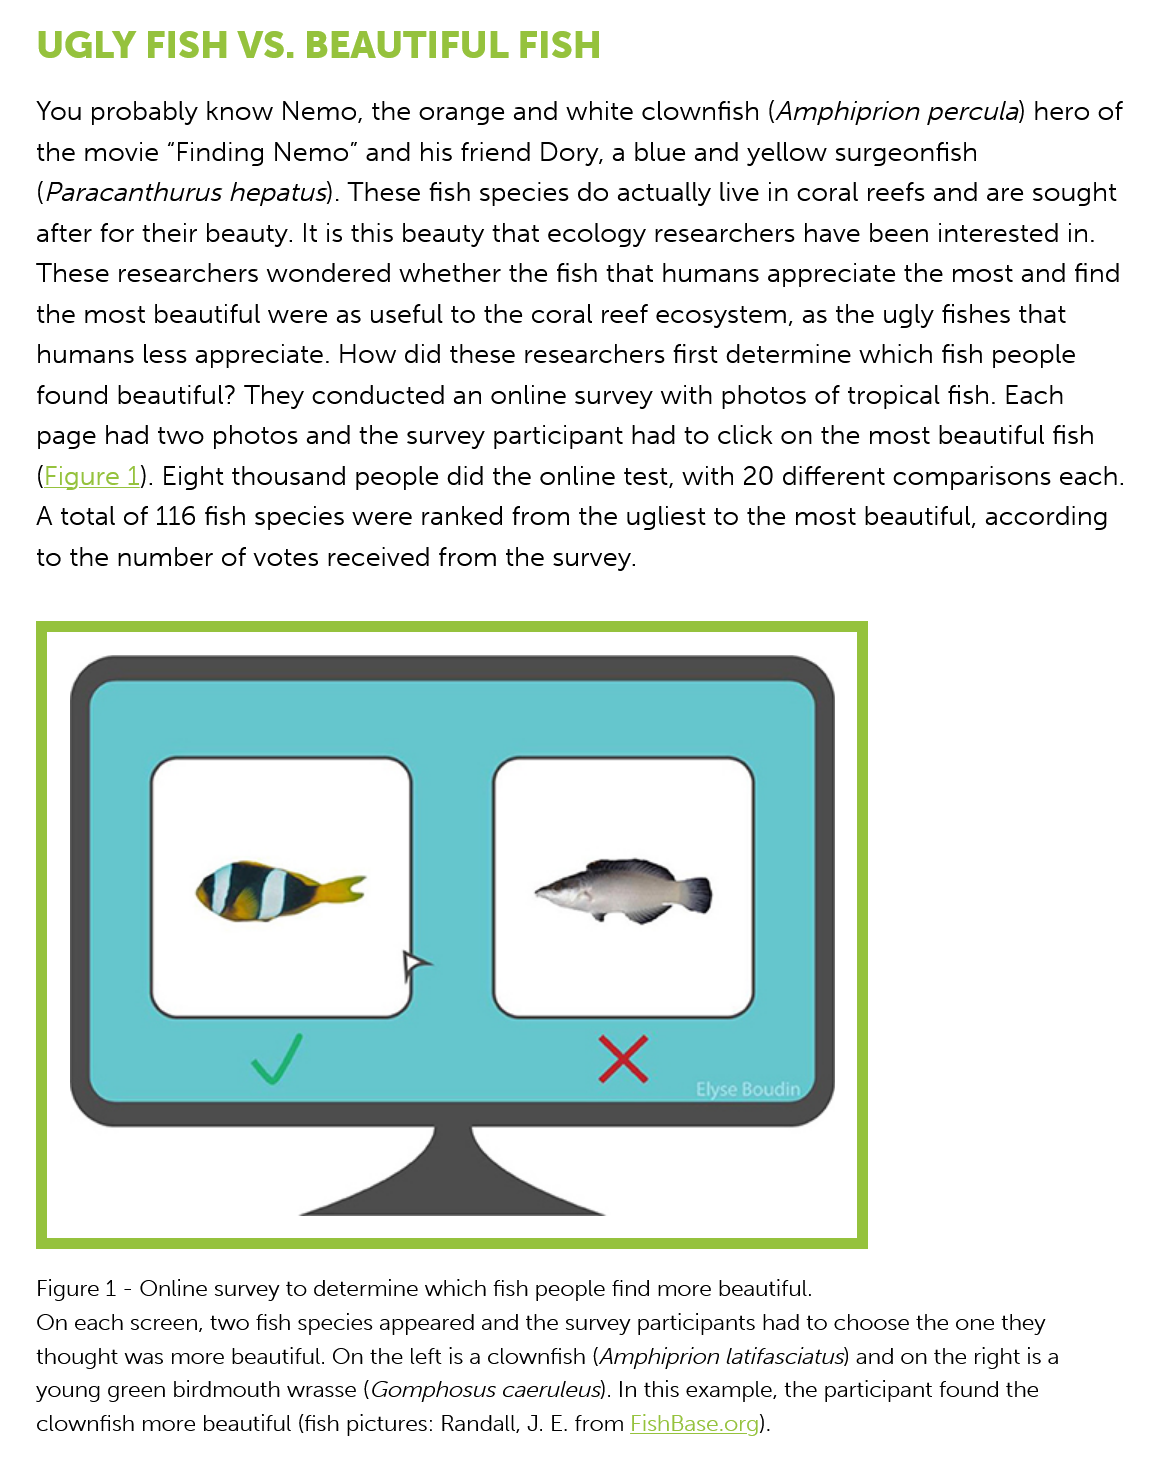
UGLY    FISH   VS.   BEAUTIFUL    FISH
    You probably  know  Nemo,  the  orange  and white  clownfish (Amphiprion   percula) hero of
    the movie  “Finding Nemo” and his  friend Dory, a blue and yellow  surgeonfish
    (Paracanthurus  hepatus). These  fish species do actually live in coral reefs and are sought
    after for their beauty. It is this beauty that ecology researchers have been interested in.
    These  researchers wondered   whether the  fish that humans  appreciate  the most  and find
    the most  beautiful were as useful to the coral reef ecosystem, as the ugly fishes that
    humans less  appreciate. How   did these researchers first determine which fish people
    found  beautiful? They conducted   an online survey with photos of tropical fish. Each
    page had  two  photos and  the survey participant had to click on the most  beautiful fish
    (Figure 1). Eight thousand people did the online test, with 20 different comparisons  each.
    A total of 116 fish species were ranked from the ugliest to the most beautiful, according
    to the number of  votes received from  the survey.

    Figure 1
     -
     Online survey to determine which fish people find more beautiful.
    On each screen, two fish species appeared and the survey participants had to choose the one they
    thought was more beautiful. On the left is a clownfish (Amphiprion latifasciatus) and on the right is a
    young green birdmouth wrasse (Gomphosus caeruleus). In this example, the participant found the
    clownfish more beautiful (fish pictures: Randall, J. E. from FishBase.org).